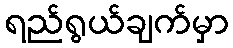
ရည်ရွယ်ချက်မှာ